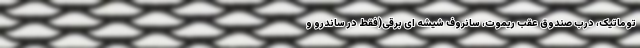
توماتیک، درب صندوق عقب ریموت، سانروف شیشه ای برقی(فقط در ساندرو و